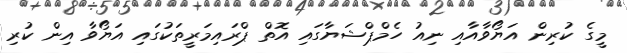
މީގެ ކުރިން އަޔޯވާއާއި ނިއު ހެމްޕްޝަޔާގައި އޮތް ޕްރައިމަރީތަކުގައި އަޔޯވާ އިން ކުރި